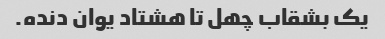
یک بشقاب چهل تا هشتاد یوان دنده.